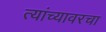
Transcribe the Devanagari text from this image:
त्यांच्यावरचा